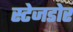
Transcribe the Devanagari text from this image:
स्टेजडोर